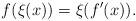
LaTeX: \begin{align*}f(\xi(x)) = \xi(f'(x)).\end{align*}